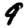
Digit: 9